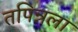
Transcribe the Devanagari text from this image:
तपिन्नला